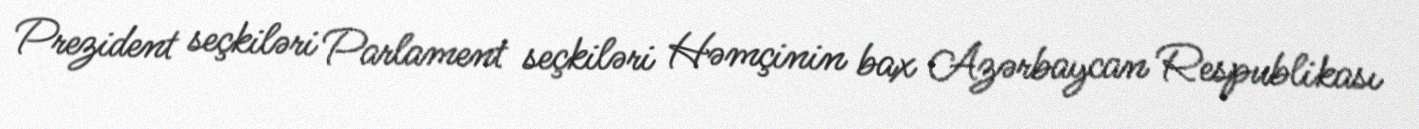
Prezident seçkiləri Parlament seçkiləri Həmçinin bax Azərbaycan Respublikası